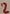
Text: 2